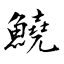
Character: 鱙